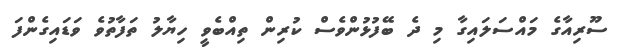
ސޫރިއާގެ މައްސަލައިގާ މި ދެ ބޭފުޅުންވެސް ކުރިން ތިއްބެވީ ހިޔާލު ތަފާތުވެ ވަޑައިގެންފަ